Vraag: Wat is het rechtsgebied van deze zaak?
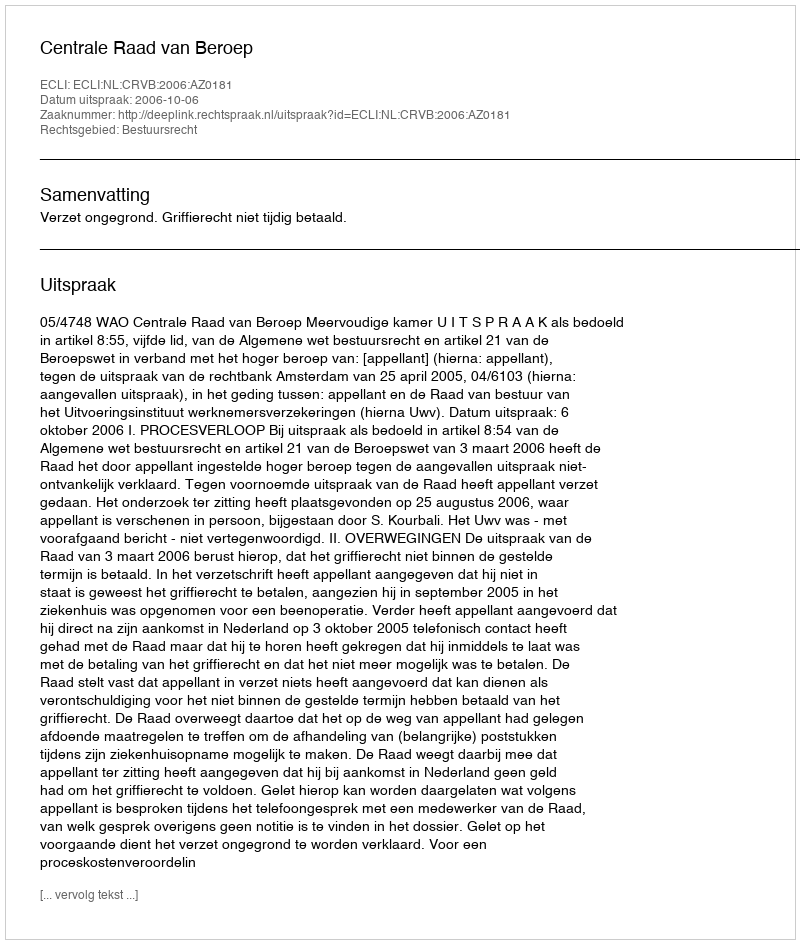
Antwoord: Bestuursrecht